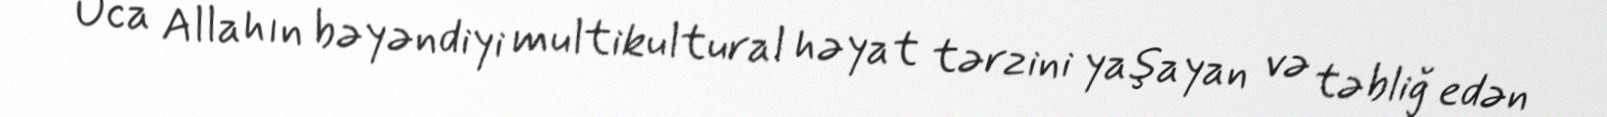
Uca Allahın bəyəndiyi multikultural həyat tərzini yaşayan və təbliğ edən